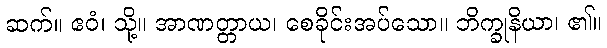
ဆက်။ ဧဝံ၊ သို့။ အာဏတ္တာယ၊ စေခိုင်းအပ်သော။ ဘိက္ခုနိယာ၊ ၏။